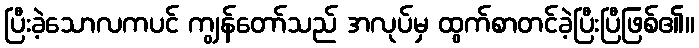
ပြီးခဲ့သောလကပင် ကျွန်တော်သည် အလုပ်မှ ထွက်စာတင်ခဲ့ပြီးပြီဖြစ်၏။